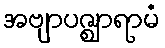
အဗျာပဇ္ဈာရာမံ